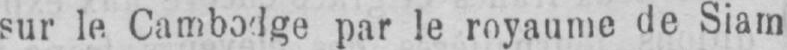
sur le Cambodge par le royaume de Siam